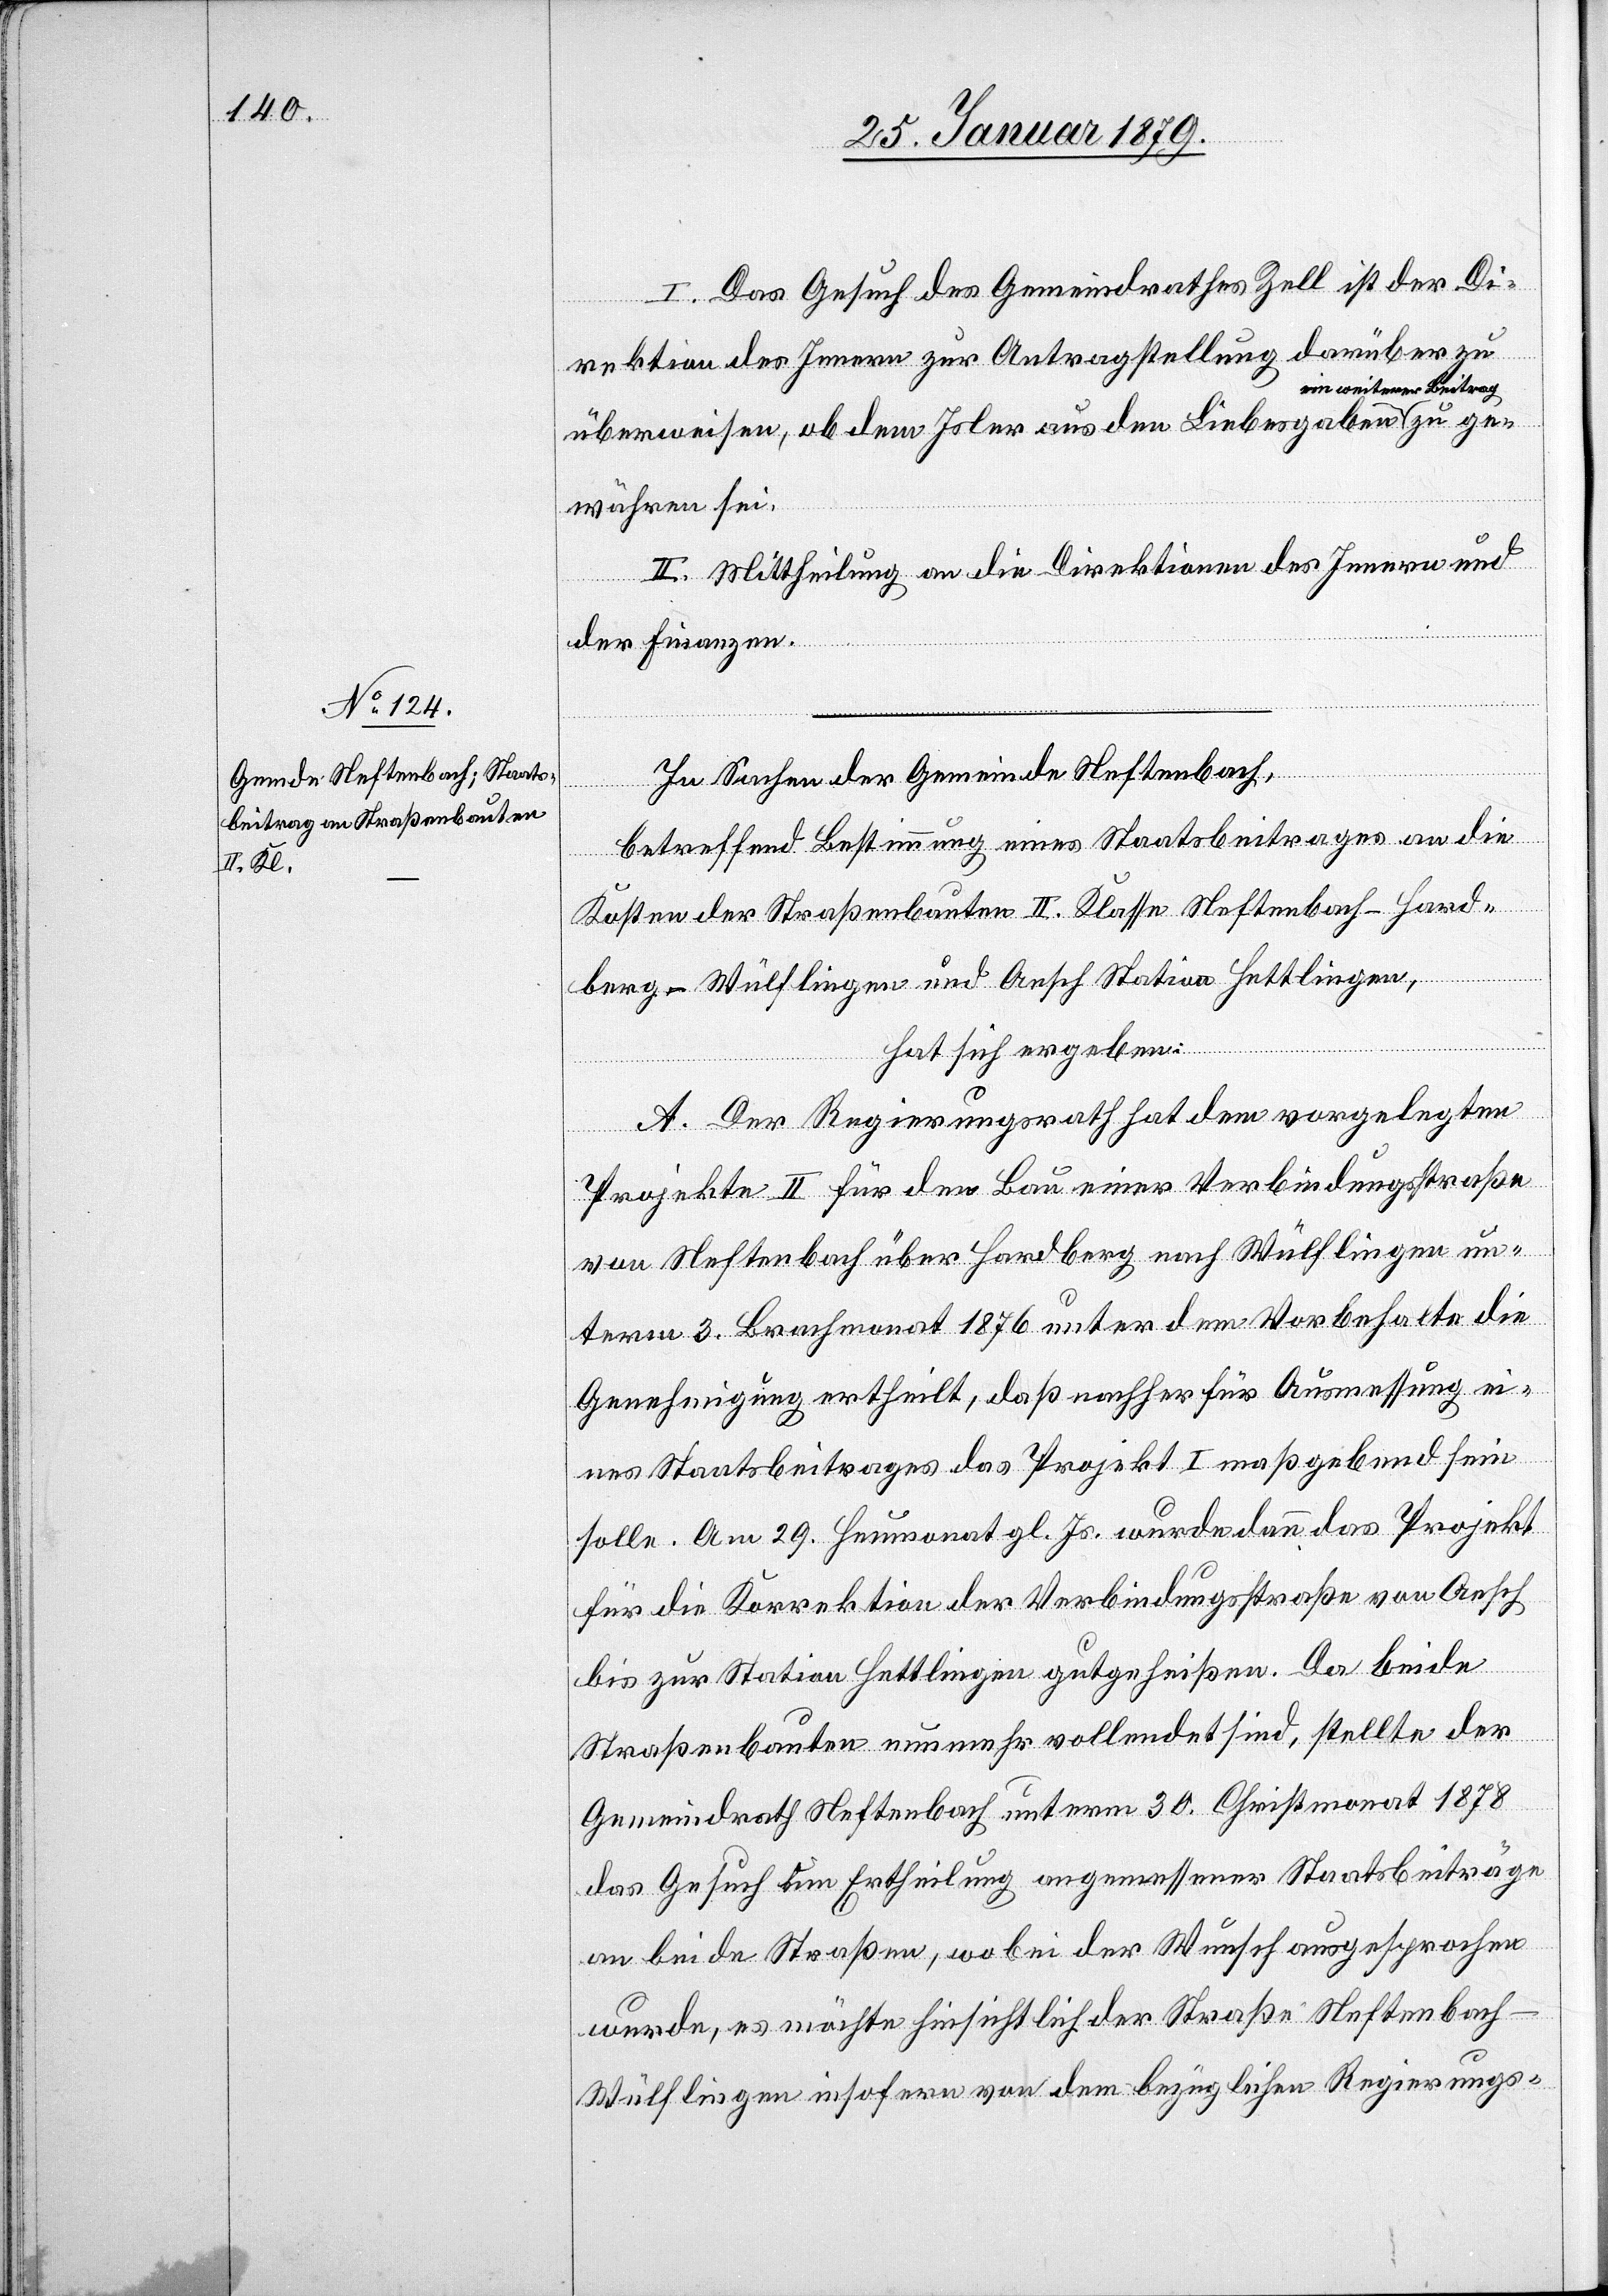
I. Das Gesuch des Gemeindrathes Zell ist der Di¬
rektion des Innern zur Antragstellung darüber zu
in weiterer Beitrag-a
überweisen, ob dem Isler aus den Liebesgaben a-e¬
währen sei.
II. Mittheilung an die Direktionen des Innern und
der Finanzen.
In Sachen der Gemeinde Neftenbach,
betreffend Bestimmung eines Staatsbeitrages an die
Kosten der Straßenbauten II. Klasse Neftenbach–Hard¬
berg–Wülflingen und Aesch[–]Station Hettlingen,
zu ge¬
hat sich ergeben:
A. Der Regierungsrath hat dem vorgelegten¬
Projekte für den Bau einer Verbindungsstraße
von Neftenbach über Hardberg nach Wülflingen un¬
term 3. Brachmonat 1876 unter dem Vorbehalte die
Genehmigung ertheilt, daß nachher für Ausmessung ei¬
nes Staatsbeitrages das Projekt I maßgebend sein
solle. Am 29. Heumonat gl. Js. wurde dann das Projekt
für die Korrektion der Verbindungsstraße von Aesch
bis zur Station Hettlingen gutgeheißen. Da beide
Straßenbauten nunmehr vollendet sind, stellte der
Gemeindrath Neftenbach unterm 30. Christmonat 1878
das Gesuch um Ertheilung angemessener Staatsbeiträge
an beide Straßen, wobei der Wunsch ausgesprochen
wurde, es möchte hinsichtlich der Straße Neftenbach–W¬
ülflingen insofern von dem bezüglichen Regierungs-